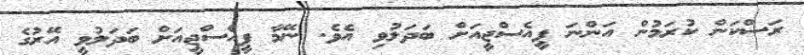
ރަސްކަން ކުރަމުން އަންނަ ޕީއެސްޖީއަށް ބަދަލުވި އެވެ. ނޭމާ ޕީއެސްޖީއަށް ބަދަލުވީ އޭރުގެ